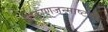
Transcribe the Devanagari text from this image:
श्रीकृष्णजन्माष्टमी